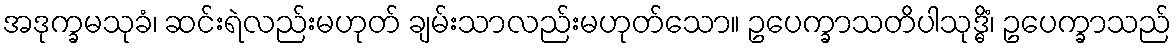
အဒုက္ခမသုခံ၊ ဆင်းရဲလည်းမဟုတ် ချမ်းသာလည်းမဟုတ်သော။ ဥပေက္ခာသတိပါသုဒ္ဓိံ၊ ဥပေက္ခာသည်